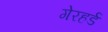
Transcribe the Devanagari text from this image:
गेरहर्ड